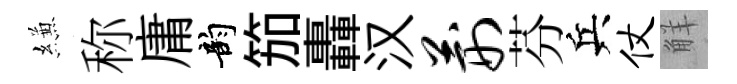
縑称庸韵笳轟汉荆芬兵仗觧